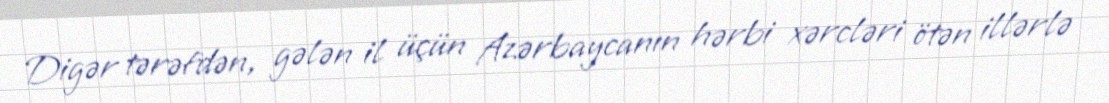
Digər tərəfdən, gələn il üçün Azərbaycanın hərbi xərcləri ötən illərlə